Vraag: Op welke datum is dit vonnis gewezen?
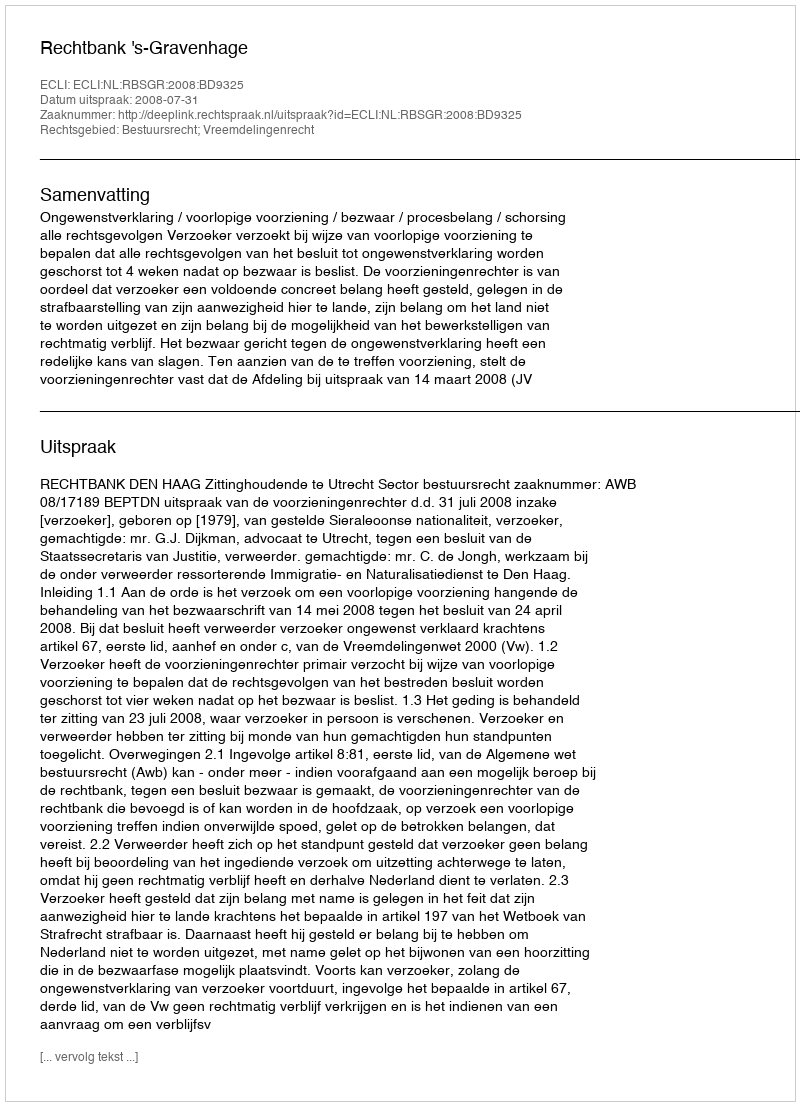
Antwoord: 2008-07-31